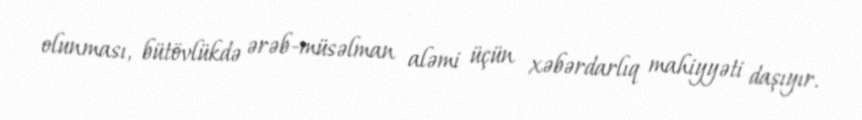
olunması, bütövlükdə ərəb-müsəlman aləmi üçün xəbərdarlıq mahiyyəti daşıyır.